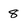
Character: 8